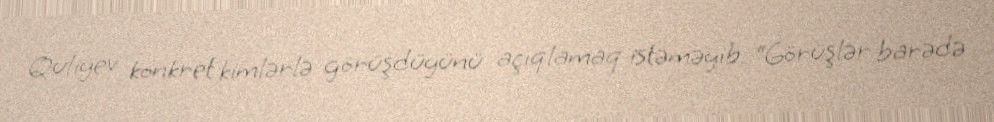
Quliyev konkret kimlərlə görüşdüyünü açıqlamaq istəməyib: “Görüşlər barədə